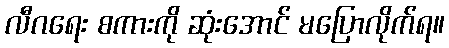
လီဂရေး စကားကို ဆုံးအောင် မပြောလိုက်ရ။